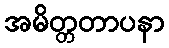
အမိတ္တတာပနာ